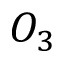
O _ { 3 }